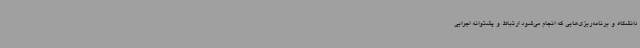
دانشگاه و برنامه‌ریزی‌هایی که انجام می‌شود ارتباط و پشتوانه اجرایی